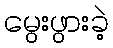
မွေးဖွားခဲ့